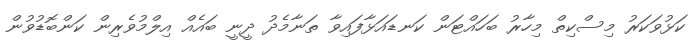
ކަޅުވަކަރު މިސްކިތް މިހާރު ބަހައްޓަން ކަނޑައަޅާފައިވާ ތަނާމެދު ދީނީ ބައެއް އިލްމުވެރިން ކަންބޮޑުވުން